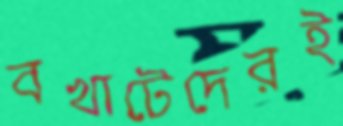
বখাটেদেরই